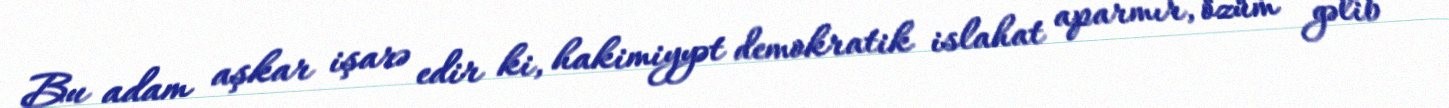
Bu adam aşkar işarə edir ki, hakimiyyət demokratik islahat aparmır, özüm gəlib